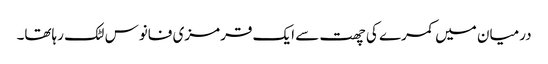
درمیان میں کمرے کی چھت سے ایک قرمزی فانوس لٹک رہاتھا۔